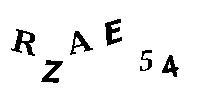
RZAE54